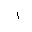
Letter: _alif